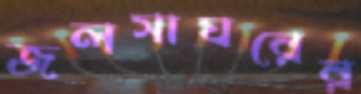
জলসাঘরের